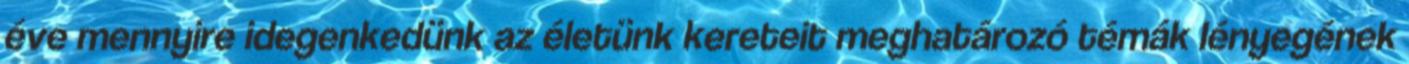
éve mennyire idegenkedünk az életünk kereteit meghatározó témák lényegének